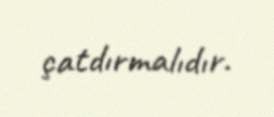
çatdırmalıdır.